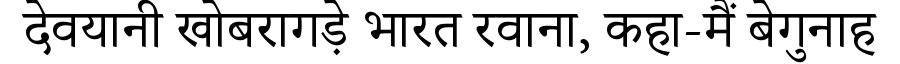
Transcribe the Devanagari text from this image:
देवयानी खोबरागड़े भारत रवाना, कहा-मैं बेगुनाह